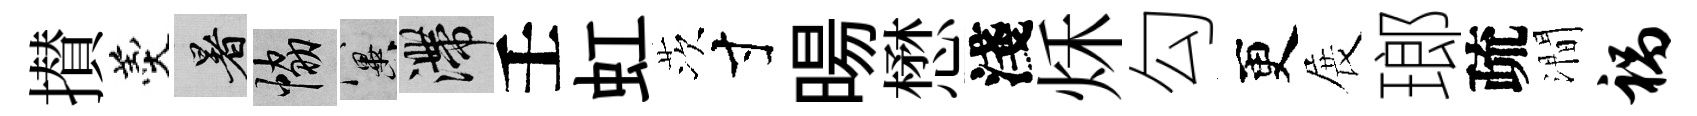
攅羹暑協冀滯壬虹茨寸暘懋淺秌勾更展瑯疏澗祸